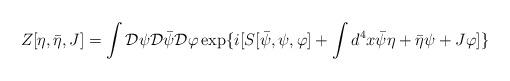
LaTeX: \begin{align*}Z[\eta,\bar{\eta},J]=\int{\cal D}\psi{\cal D}\bar{\psi}{\cal D}\varphi\exp\{i[S[\bar{\psi},\psi,\varphi]+\int d^{4}x \bar{\psi}\eta+\bar{\eta}\psi+J\varphi]\}\end{align*}